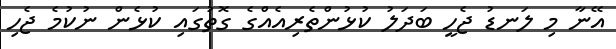
އޭނާ މި ލަނޑު ޖެހީ ބަދަލު ކުޅުންތެރިއެއްގެ ގޮތުގައި ކުޅެން ނުކުމެ ޖެހި